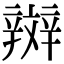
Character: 辬